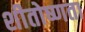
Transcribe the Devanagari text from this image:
शीतोष्णता